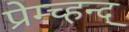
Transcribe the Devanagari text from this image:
प्रेम्च्हन्द्